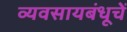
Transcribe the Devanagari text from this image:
व्यवसायबंधूचें